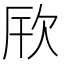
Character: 𪴪